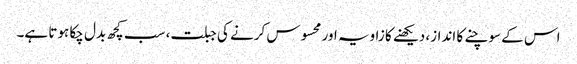
اس کے سوچنے کا انداز، دیکھنے کا زاویہ اور محسوس کرنے کی جبلت، سب کچھ بدل چکا ہوتا ہے۔